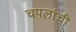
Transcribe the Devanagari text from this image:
चपलांची